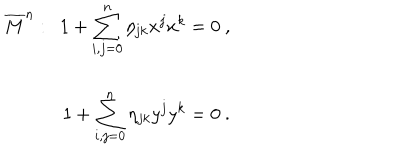
LaTeX: \begin{array} { r } { { \overline { { { M } } } ^ { n } : ~ ~ 1 + \displaystyle \sum _ { i , j = 0 } ^ { n } \eta _ { j k } x ^ { j } x ^ { k } = 0 ~ , } } \\ { { 1 + \displaystyle \sum _ { i , j = 0 } ^ { n } \eta _ { j k } y ^ { j } y ^ { k } = 0 ~ . } } \\ \end{array}